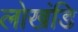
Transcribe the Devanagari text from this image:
लोखंडि